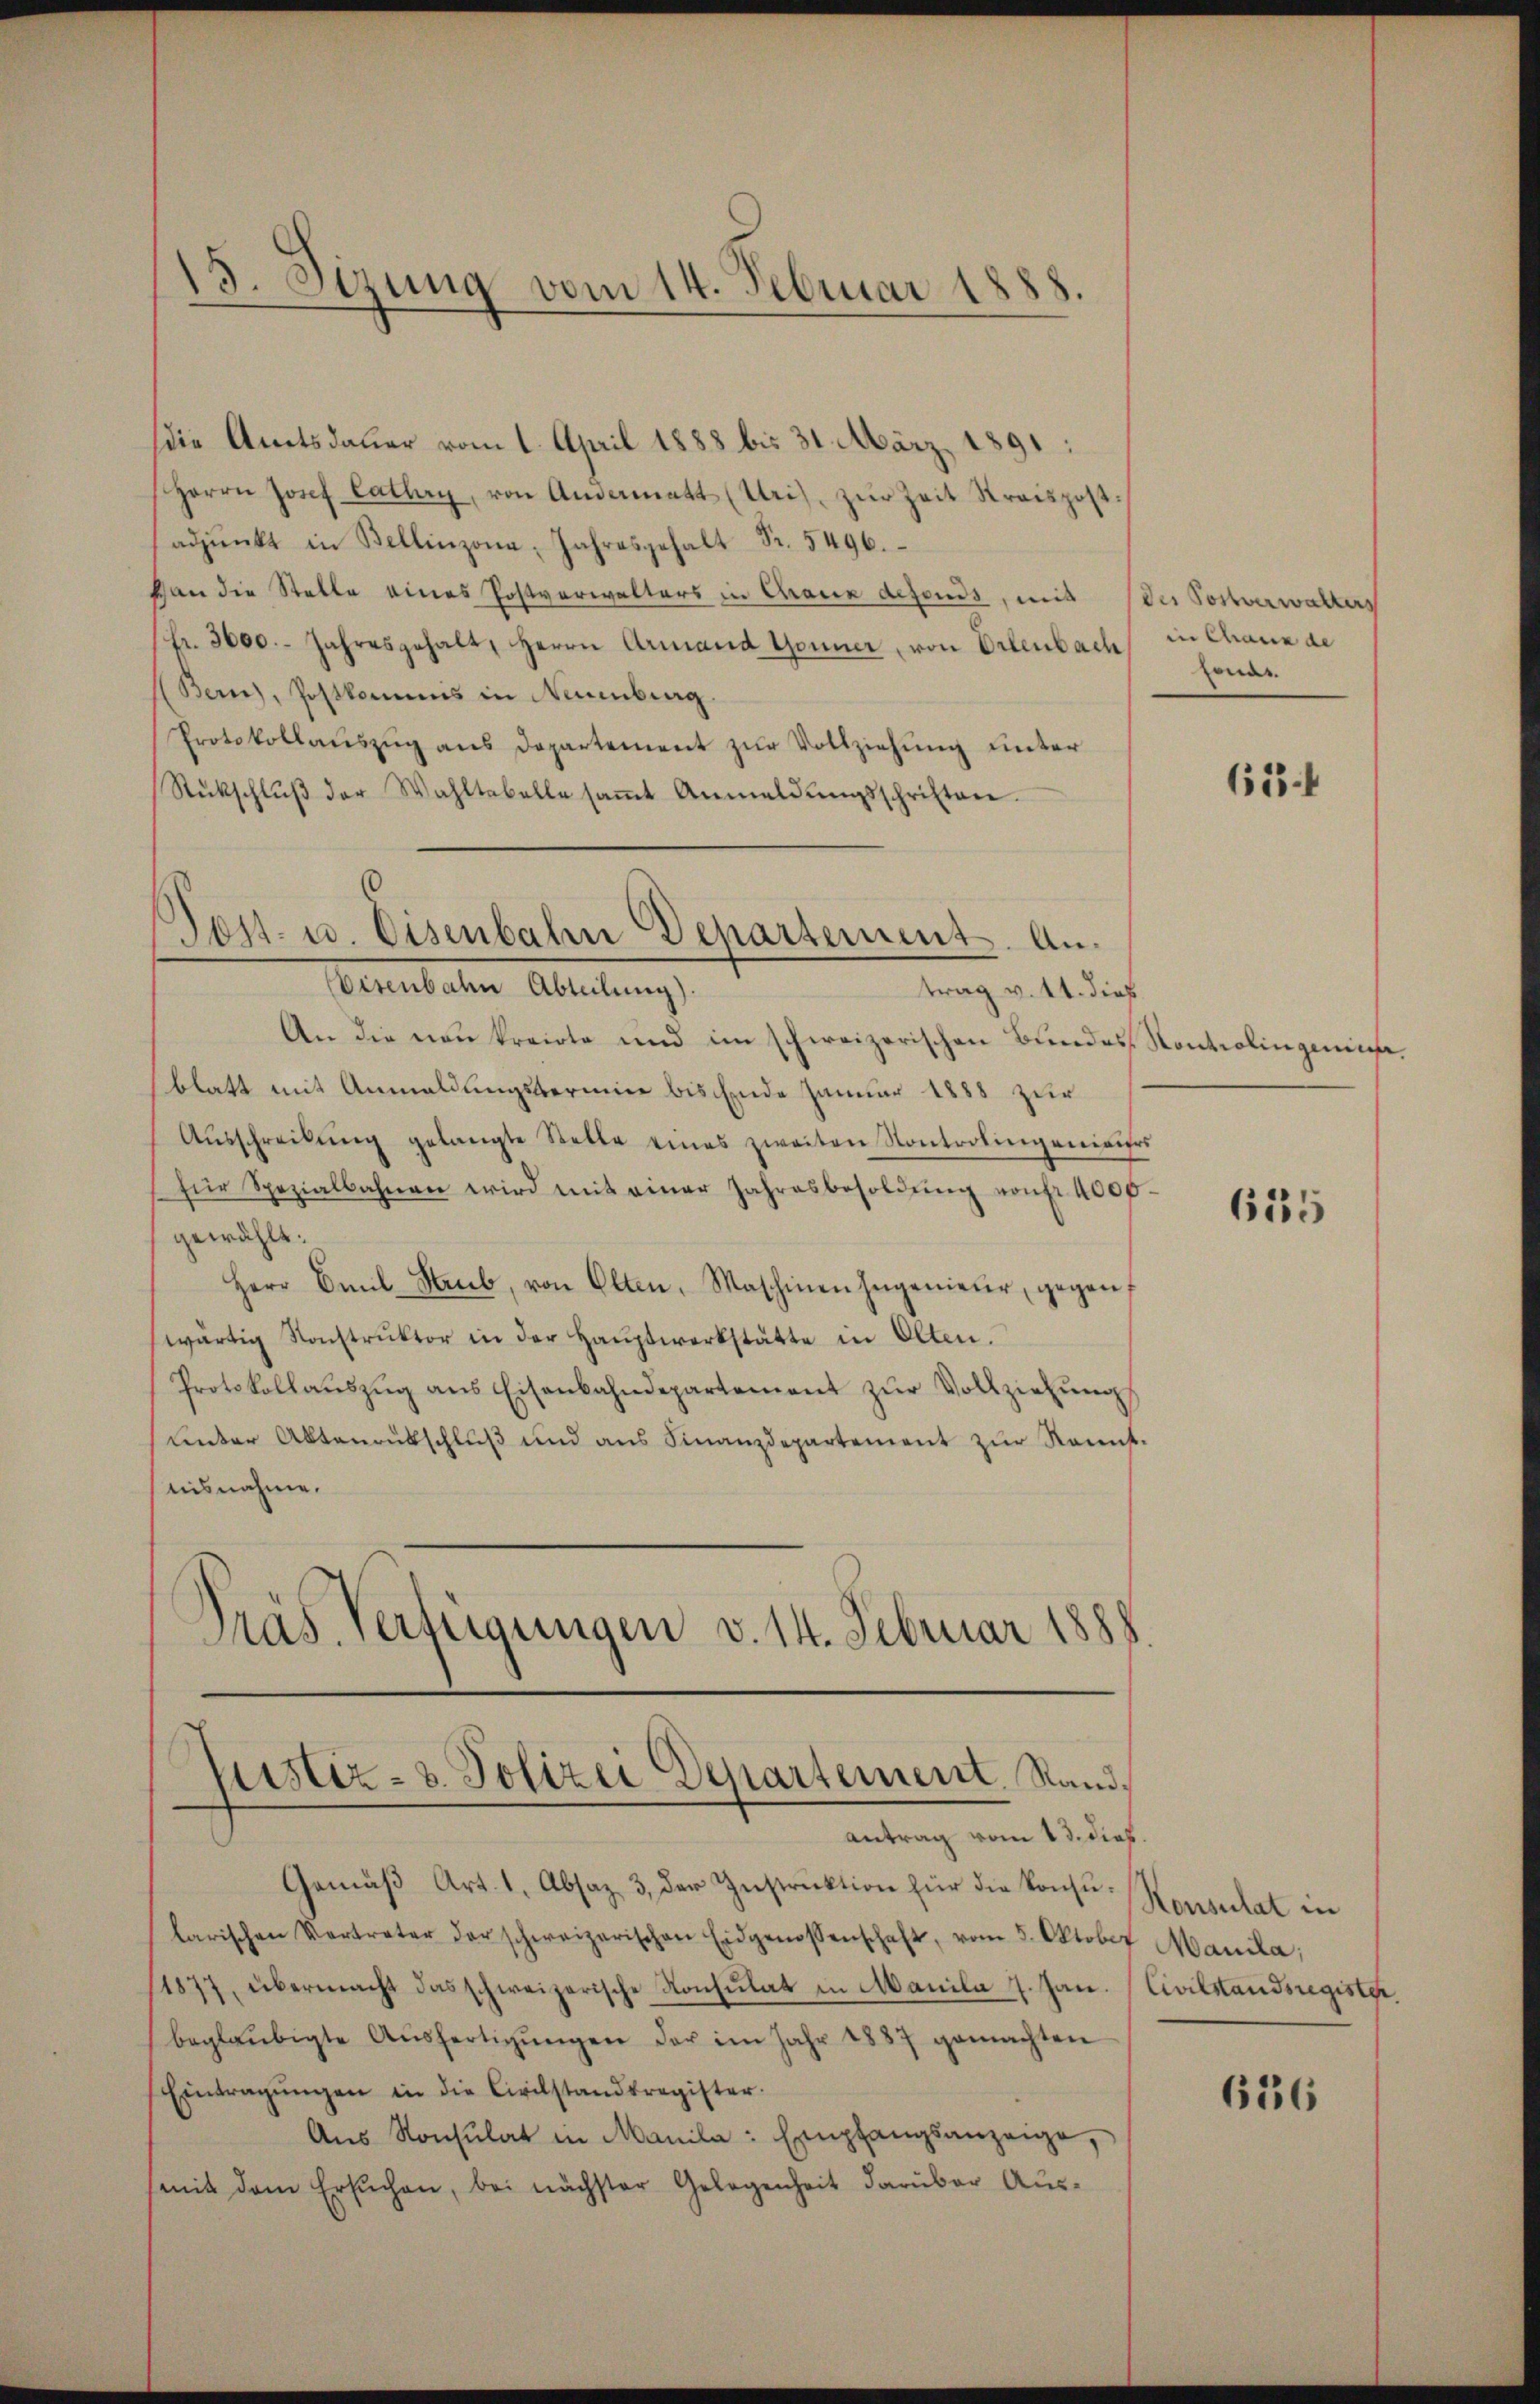
Die Amtsdauer vom 1. April 1888 bis 31. März 1891:
Herrn Josef Cathary, von Andermatt (Uri), zŭr Zeit Kreispost
sadpŭnkt in Bellinzona, Jahresgehalt Fr. 5496.
can die Stelle eines Postverwalters in Crane defonds, mit
(fr. 3600. Jahresgehalt, Herrn Armand Gönner, von Erlenbach, in Chaux de
Bern, Postkommis in Neuenburg
Protokollaŭszŭg ans Departement zŭr Vollziehung unter
Rückschlŭβ der Wahltabelle saṁt Anmeldŭngsschriften.

15. Sizung vom 14. Februar 1888.

Post- u. Eisenbahn Departement. An¬
Eisenbahn Abteilung).
trag v. 14. dieß.

An die neu kreiste und im schweizerischen Bundes Kontrolingemache.
blatt mit Anwaldungsbermine bis Ende Januar 1888 zur
Aŭsschreibŭng gelangte Stelle eines zweiten Kontrolingeniairs
für Spezialbahnen wird mit einer Jahresbesoldŭng von fr. 4000
gewählt:
Herr Emil Staub, von Olten, Maschinenhangenieŭr gegen
wärtig Konstrŭktor in der Haŭptwerkstätte in Olten.
Protokollaŭszŭg ans Eisenbahndepartement zŭr Vollziehŭng
ŭnter Aktenaŭsschlŭβ und ans Finanzdepartement zŭr Rannst.
nisnahme.
Präs. Verfügungen v. 14. Februar 1888

Justiz- & Polizei Departement. Stand.
antrag vom 13. Dieb

Gemäβ Art. 1, Absaz 3, der Instrŭktion für die kontŭ- Konsulat in
larischen Vertreter der schweizerischen Eidgenossenschaft, vom 5. Oktober Manila;
11877, übermacht das schweizerische Konsulat in Manila 7. Jan.
beglaubigte Aŭsfertigŭngen der im Jahr 1887 gemachten
Eintragŭngen in die Civilstandsregister.
Aŭs Konsulat in Manila: Empfangsanzeige,
(mit dem Ersuchen, bei nächster Gelegenheit darüber Aus¬

der Postverwalters
mar

613 f

625

Civilstandsregister.

636